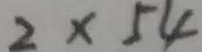
2 \times 5 4